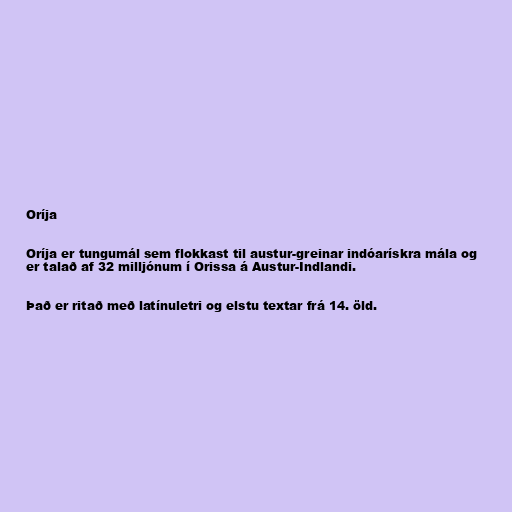
Oríja

Oríja er tungumál sem flokkast til austur-greinar indóarískra mála og
er talað af 32 milljónum í Orissa á Austur-Indlandi.

Það er ritað með latínuletri og elstu textar frá 14. öld.